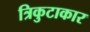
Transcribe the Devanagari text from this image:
त्रिकुटाकार